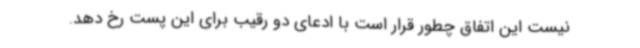
نیست این اتفاق چطور قرار است با ادعای دو رقیب برای این پست رخ دهد.